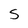
Character: S